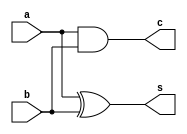
//`timescale 1ns / 1ps
//////////////////////////////////////////////////////////////////////////////////
// Company: 
// Engineer: 
// 
// Design Name: 
// Module Name: ha
// Project Name: 
// Target Devices: 
// Tool Versions: 
// Description: 
// 
// Dependencies: 
// 
// Revision:
// Revision 0.01 - File Created
// Additional Comments:
// 
//////////////////////////////////////////////////////////////////////////////////

//half adder
module ha(a, b, c,s);
input a,b;
output s,c;
assign s=a^b;
assign c=a&b;
endmodule